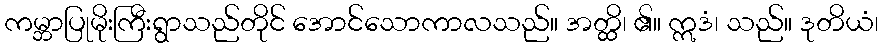
ကမ္ဘာပြုမိုးကြီးရွာသည်တိုင် အောင်သောကာလသည်။ အတ္ထိ၊ ၏။ ဣဒံ၊ သည်။ ဒုတိယံ၊